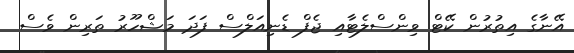
އޭނާގެ އިތުރުން ކޭޓް ވިންސްލެޓާއި ޖެފް ޑެނިއަލްސް ފަދަ މަޝްހޫރު ތަރިން ވެސް